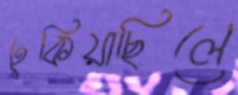
ঢুকিয়াছিলে